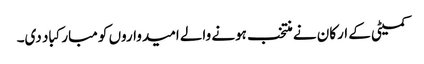
کمیٹی کے ارکان نے منتخب ہونے والے امیدواروں کو مبارکباد دی۔